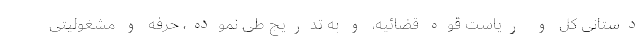
دستانی کلّ و ریاست قوه قضائیه، و به تدریج طی نموده، حرفه و مشغولیّتی